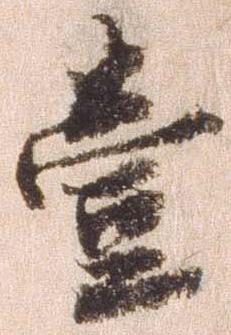
壱